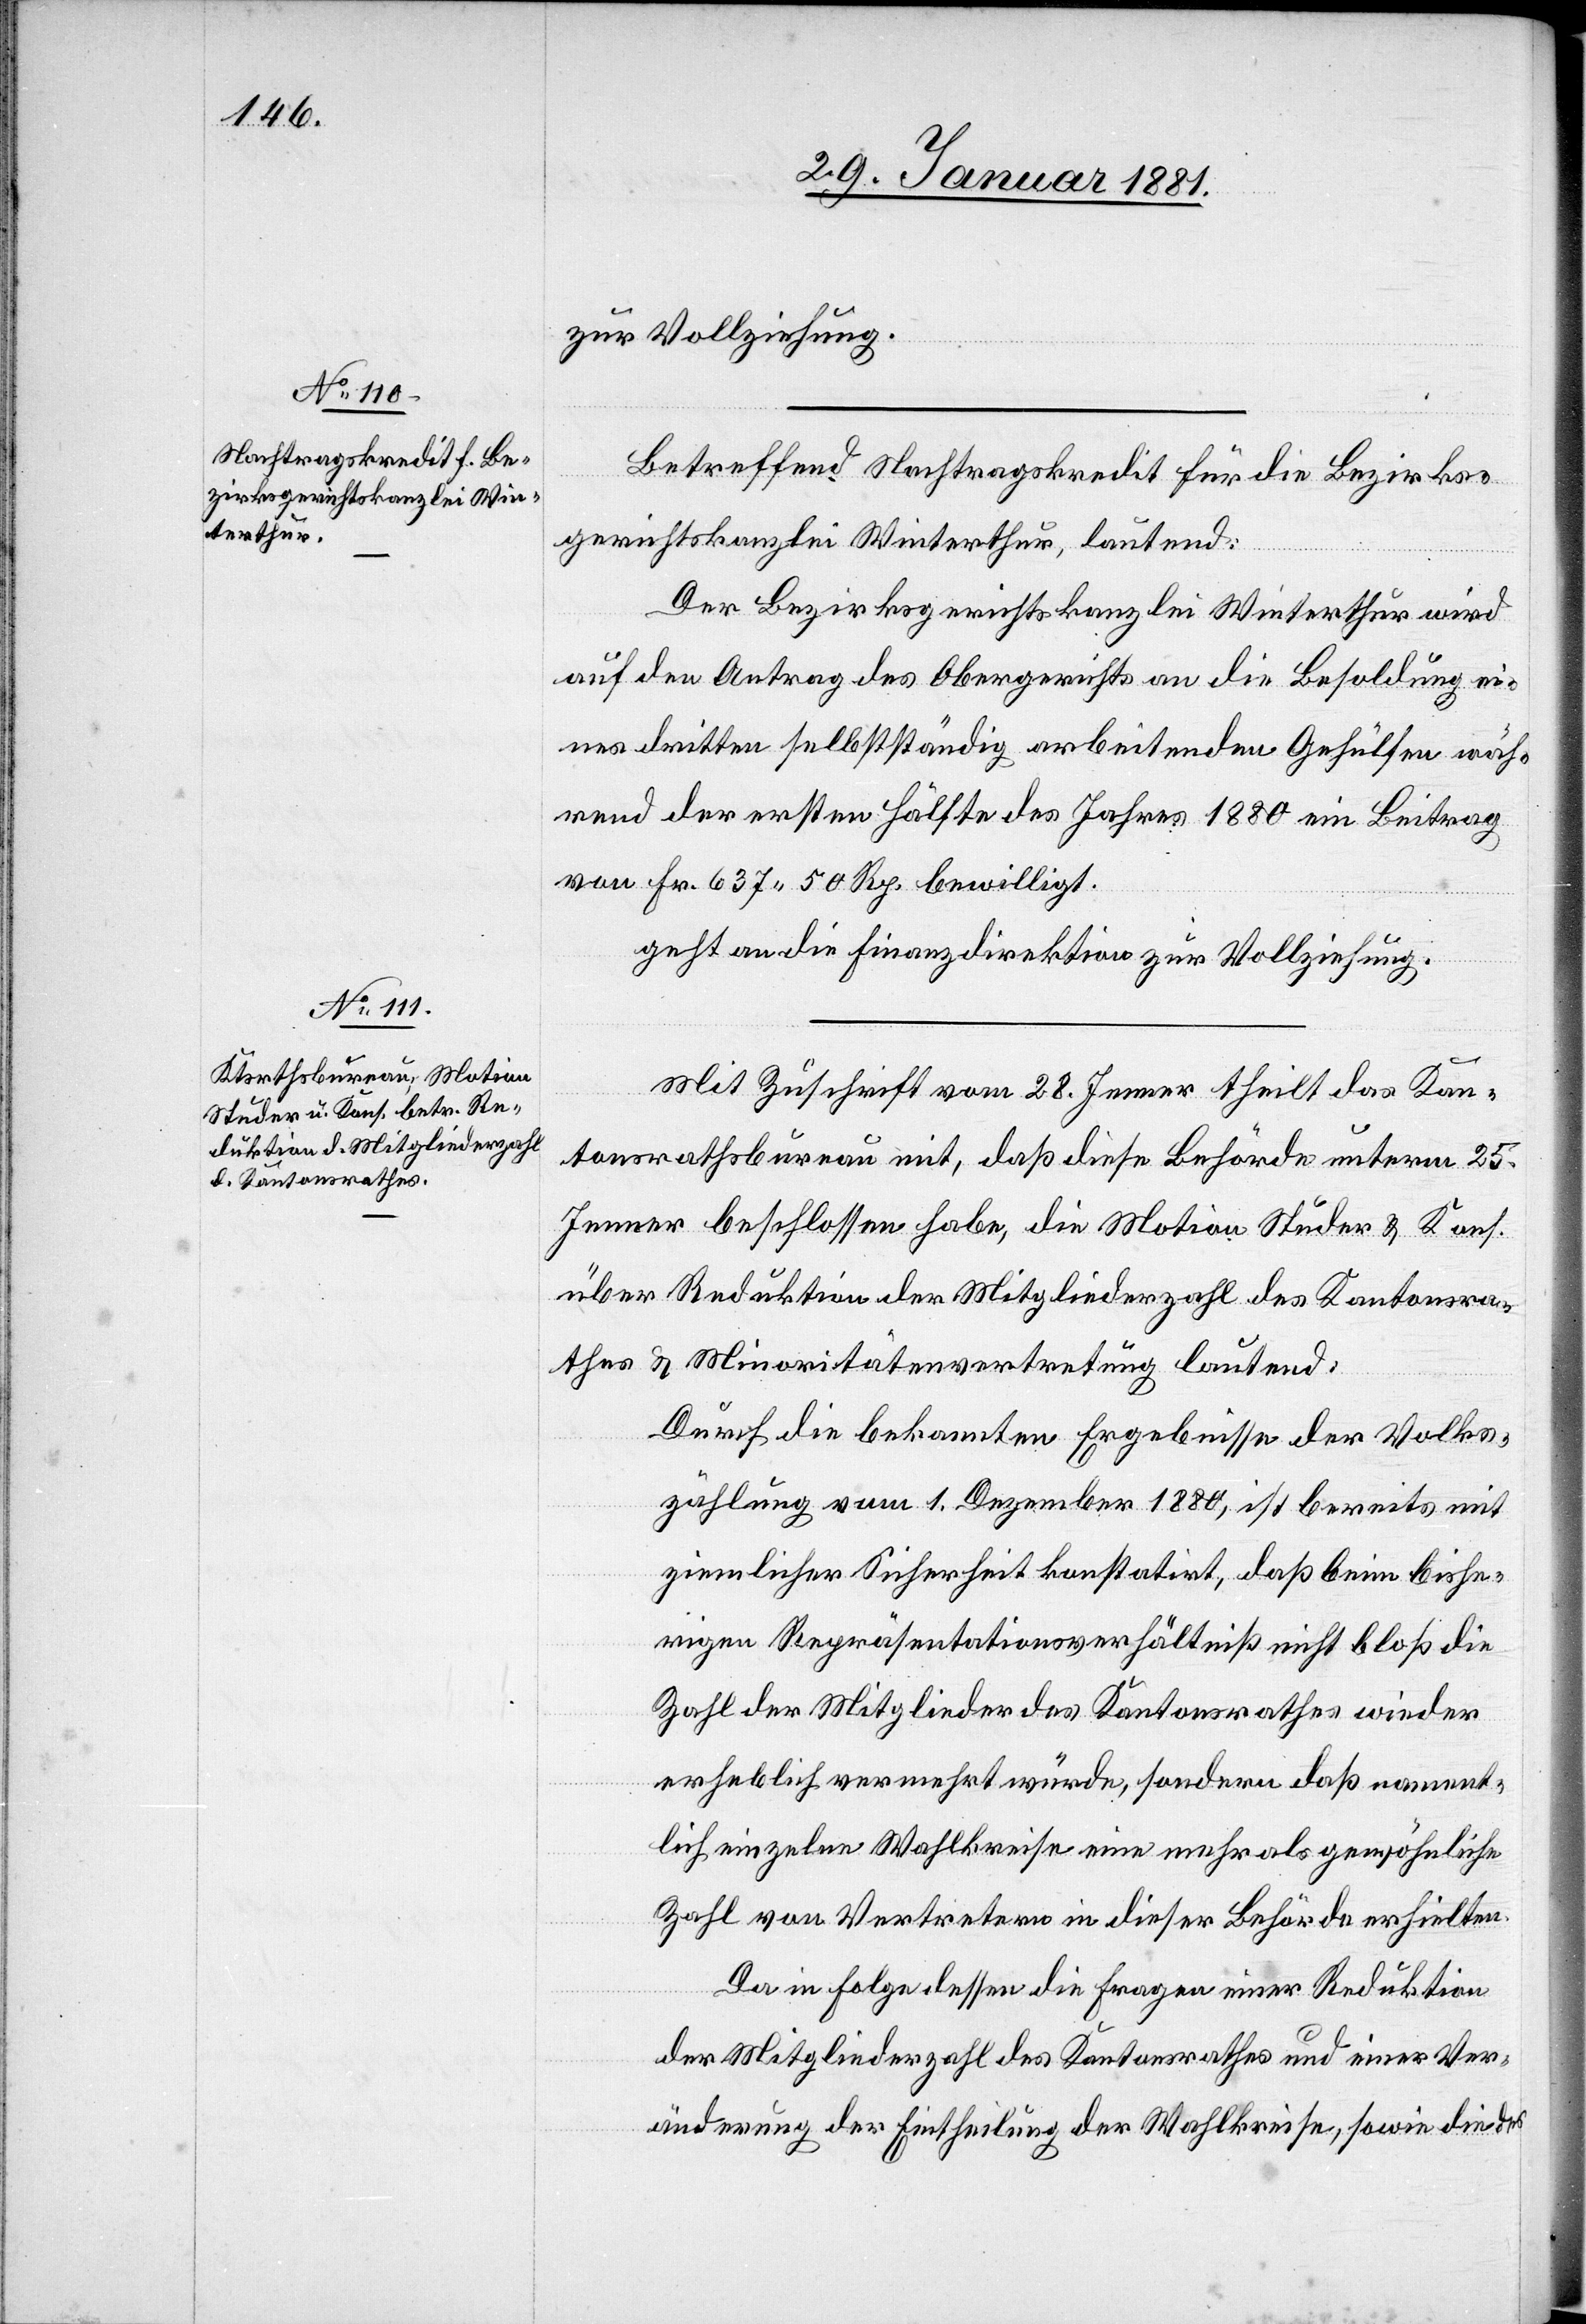
zur Vollziehung.
Betreffend Nachtragskredit für die Bezirks¬
gerichtskanzlei Winterthur, lautend:
Der Bezirksgerichtskanzlei Winterthur wird
auf den Antrag des Obergerichtes an die Besoldung ei¬
nes dritten selbstständig arbeitenden Gehülfen wäh¬
rend der ersten Hälfte des Jahres 1880 ein Beitrag
von Fr. 637 50 Rp. bewilligt.
geht an die Finanzdirektion zur Vollziehung.
Mit Zuschrift vom 28. Jenner theilt das Kan¬
tonsrathsbureau mit, daß diese Behörde unterm 25.
Jenner beschlossen habe, die Motion Studer & Kons.
über Reduktion der Mitgliederzahl des Kantonsra¬
thes & Minoritätenvertretung lautend:
Durch die bekannten Ergebnisse der Volks¬
zählung vom 1. Dezember 1880, ist bereits mit
ziemlicher Sicherheit konstatirt, daß beim bishe¬
rigen Repräsentationsverhältniß nicht bloß die
Zahl der Mitglieder des Kantonsrathes wieder
erheblich vermehrt würde, sondern daß nament¬
lich einzelne Wahlkreise eine mehr als gewöhnliche
Zahl von Vertretern in dieser Behörde erhielten.
Da in Folge dessen die Fragen einer Reduktion
der Mitgliederzahl des Kantonsrathes und einer Ver¬
änderung der Eintheilung der Wahlkreise, sowie die des